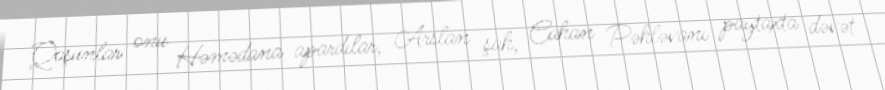
Qoşunlar onu Həmədana apardılar, Arslan şah, Cahan Pəhləvanı paytaxta dəvət